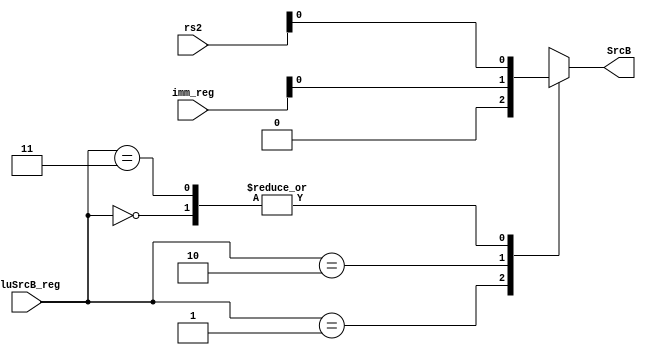
`timescale 1ns / 1ps
module MUX32_4_1_behav(
    input wire[31:0]rs2,//from rs2 reg
    input wire[31:0]imm_reg,
    input wire[1:0]AluSrcB_reg,
    output reg SrcB
    );
always @(*)
begin
case(AluSrcB_reg)
2'b00: SrcB=rs2;
2'b01: SrcB=32'd4;
2'b10: SrcB=imm_reg;
2'b11: SrcB=rs2;//case not needed
endcase
end
endmodule